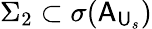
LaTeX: \Sigma_{2}\subset\sigma(\mathsf{A}_{\mathsf{U}_{s}})